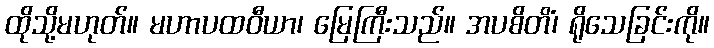
ထိုသို့မဟုတ်။ မဟာပထဝီယာ၊ မြေကြီးသည်။ အပစိတိံ၊ ရိုသေခြင်းကို။